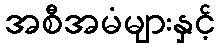
အစီအမံများနှင့်